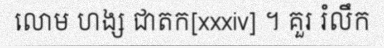
លោម ហង្ស ជាតក[xxxiv] ។ គួរ រំលឹក